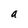
Character: a